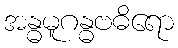
အန္ဓမူဂန္ဓဗဓိရော